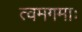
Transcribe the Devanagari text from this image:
त्वमगमाः